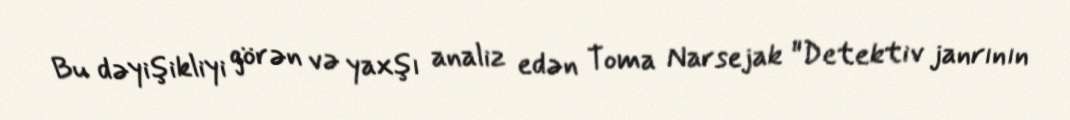
Bu dəyişikliyi görən və yaxşı analiz edən Toma Narsejak "Detektiv janrının